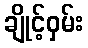
ချိုင့်ဝှမ်း